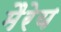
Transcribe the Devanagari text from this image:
मैरेय